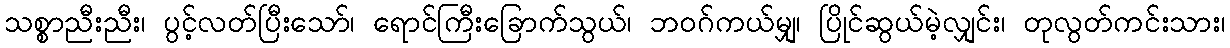
သစ္စာညီးညီး၊ ပွင့်လတ်ပြီးသော်၊ ရောင်ကြီးခြောက်သွယ်၊ ဘဝဂ်ကယ်မျှ၊ ပြိုင်ဆွယ်မဲ့လျှင်း၊ တုလွတ်ကင်းသား၊